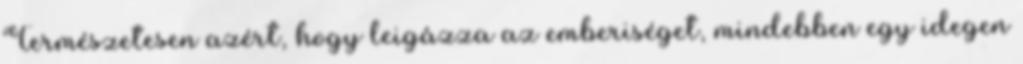
Természetesen azért, hogy leigázza az emberiséget, mindebben egy idegen